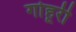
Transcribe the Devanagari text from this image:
गोहूरी